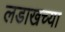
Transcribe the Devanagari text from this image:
लडाखच्या